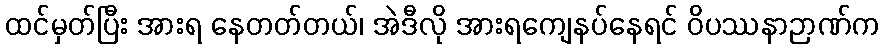
ထင်မှတ်ပြီး အားရ နေတတ်တယ်၊ အဲဒီလို အားရကျေနပ်နေရင် ဝိပဿနာဉာဏ်က